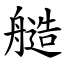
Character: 䒃